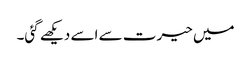
میں حیرت سے اسے دیکھے گئی۔